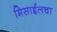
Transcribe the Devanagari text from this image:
मिसाईलचा